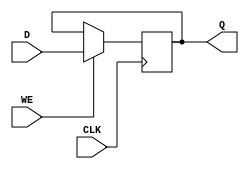
module StoreRegister #(parameter WIDTH = 8) (
    input wire [WIDTH-1:0] D,      // Data input
    input wire CLK,                 // Clock input
    input wire WE,                  // Write Enable signal
    output reg [WIDTH-1:0] Q        // Data output
);

// Process for the Store Register
always @(posedge CLK) begin
    if (WE) begin
        Q <= D;                    // Capture input data on write enable
    end
    // If WE is low, Q retains its previous value (no change)
end

// Optional: Reset logic (not specified in your description but commonly used)
initial begin
    Q = {WIDTH{1'b0}};             // Initialize register to zero
end

endmodule